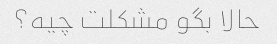
حالا بگو مشکلت چیه؟